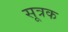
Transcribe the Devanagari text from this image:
सूत्रक